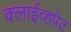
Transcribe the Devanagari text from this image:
क्लाईव्हपेट